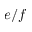
e / f